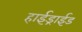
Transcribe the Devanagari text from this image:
हाईड्राईड